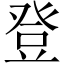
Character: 登